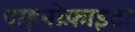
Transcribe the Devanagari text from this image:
पाइनोफ़ाइटा